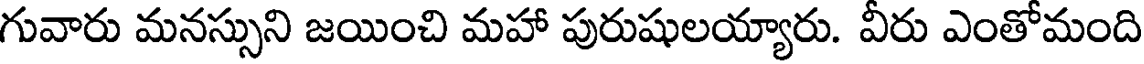
గువారు మనస్సుని జయించి మహా పురుషులయ్యారు. వీరు ఎంతోమంది